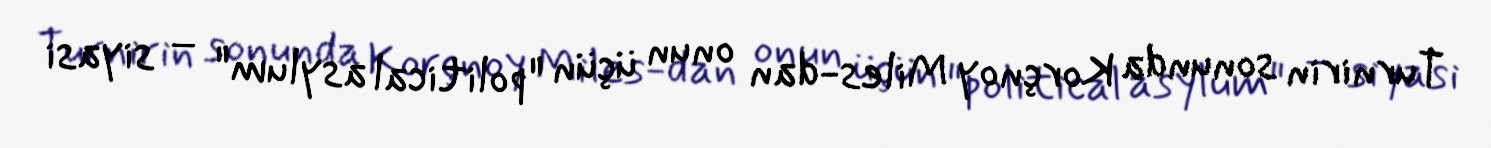
Turnirin sonunda Korçnoy Miles-dan onun üçün "political asylum" – siyasi